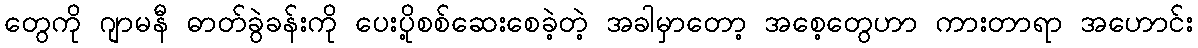
တွေကို ဂျာမနီ ဓာတ်ခွဲခန်းကို ပေးပို့စစ်ဆေးစေခဲ့တဲ့ အခါမှာတော့ အစေ့တွေဟာ ကားတာရာ အဟောင်း